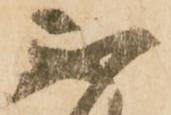
不